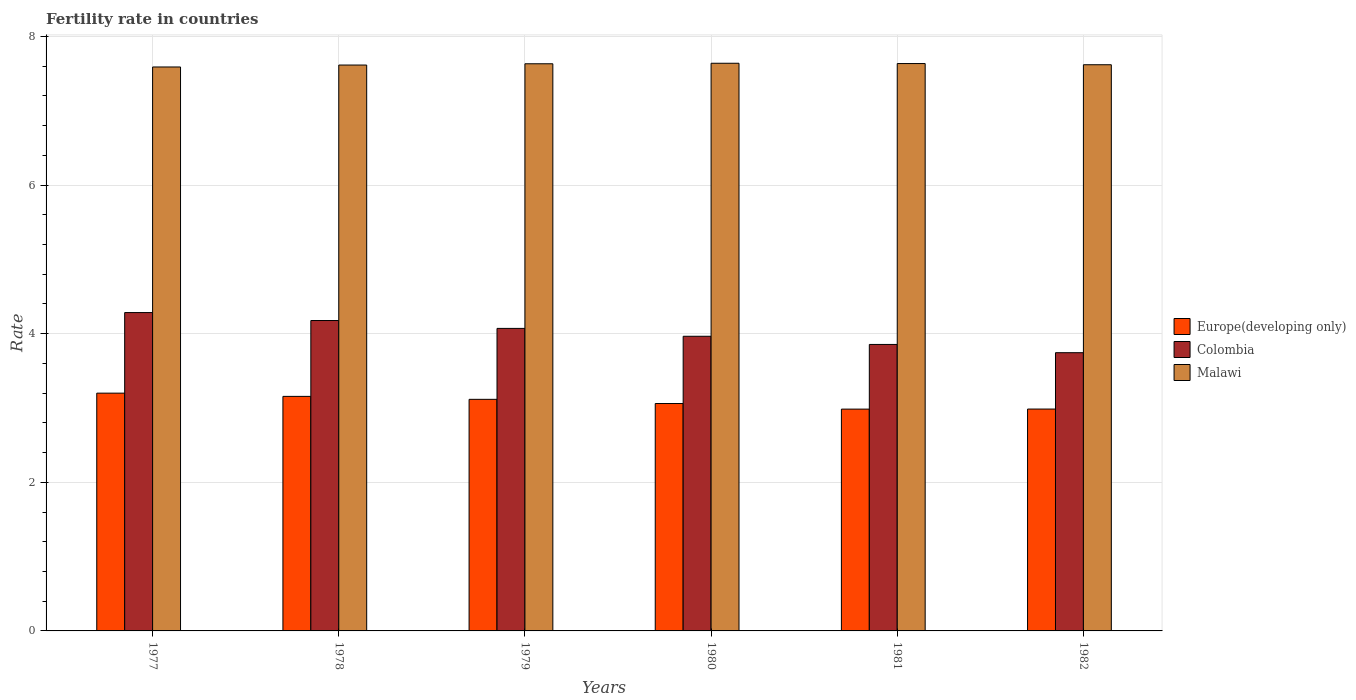
| Years | Europe(developing only) | Colombia | Malawi |
 | --- | --- | --- | --- |
 | 1977 | 3.2 | 4.28 | 7.59 |
 | 1978 | 3.16 | 4.18 | 7.62 |
 | 1979 | 3.12 | 4.07 | 7.63 |
 | 1980 | 3.06 | 3.96 | 7.64 |
 | 1981 | 2.98 | 3.85 | 7.63 |
 | 1982 | 2.99 | 3.74 | 7.62 |